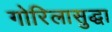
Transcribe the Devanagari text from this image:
गोरिलासुद्धा